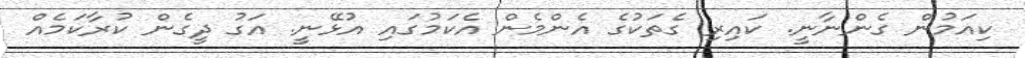
ކިއަމުން ގެންނާނީ. ކައިރި ގެތަކުގެ އެންމެން އެކަމުގައި އުޅޭނީ. އަގު ދީގެން ކުރާކަމެއް